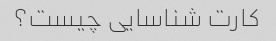
کارت شناسایی چیست؟